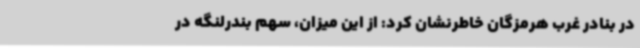
در بنادر غرب هرمزگان خاطرنشان کرد: از این میزان، سهم بندرلنگه در